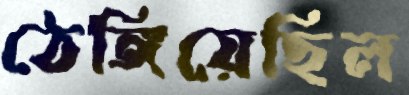
ঠেঙ্গিয়েছিল